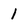
Character: 1